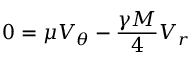
0 = \mu V _ { \theta } - \frac { \gamma M } { 4 } V _ { r }